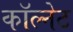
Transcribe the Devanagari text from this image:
कॉल्नेट